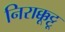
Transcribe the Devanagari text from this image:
निराक्कूट्टू